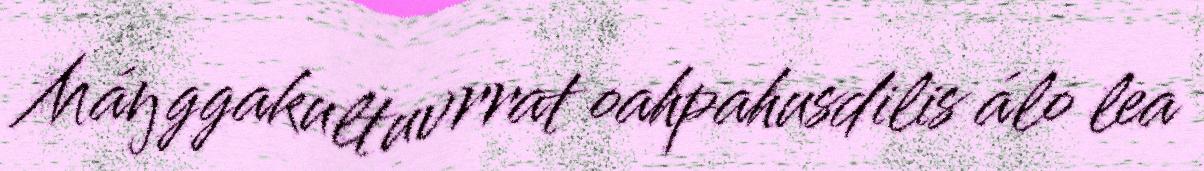
Máŋggakultuvrrat oahpahusdilis álo lea